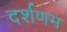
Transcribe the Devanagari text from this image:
दर्शणम